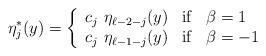
LaTeX: \begin{align*} \eta_{j}^\ast(y) = \left\{ \begin{array}{lll}c_{j} ~\eta_{\ell-2-j}(y) & {\rm if} & \beta=1 \\c_{j}~ \eta_{\ell-1-j}(y) & {\rm if} & \beta=-1 \end{array}\right.\end{align*}